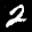
Label: 2